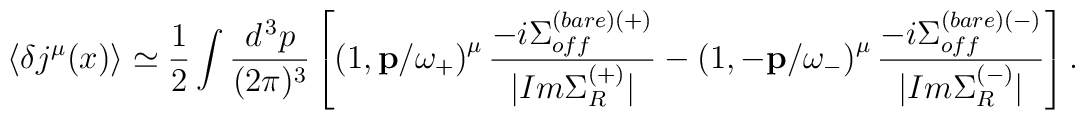
\langle \delta j^\mu (x) \rangle \simeq \frac{1}{2} \int \frac{d^{\, 3} p}{(2 \pi)^3} \left[ \left( 1, {\bf p} / \omega_+ \right)^\mu \frac{- i \Sigma_{off}^{(bare) (+)}}{|Im \Sigma_R^{(+)}|} - \left( 1, - {\bf p} / \omega_- \right)^\mu \frac{- i \Sigma_{off}^{(bare) (-)}}{|Im \Sigma_R^{(-)}|} \right] .